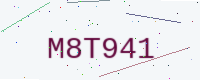
Text: M8T941